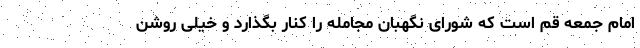
امام جمعه قم است که شورای نگهبان مجامله را کنار بگذارد و خیلی روشن